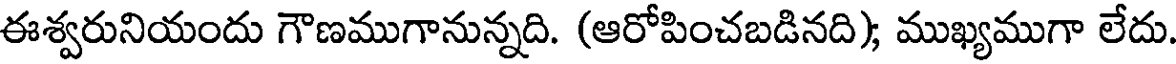
ఈశ్వరునియందు గౌణముగానున్నది. (ఆరోపించబడినది); ముఖ్యముగా లేదు.